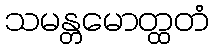
သမန္တမောတ္ထတံ